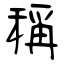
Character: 稱